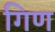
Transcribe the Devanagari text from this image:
गिण